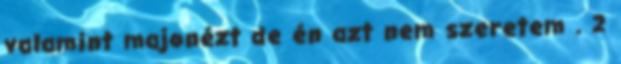
valamint majonézt de én azt nem szeretem . 2